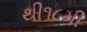
થી૧૮મી